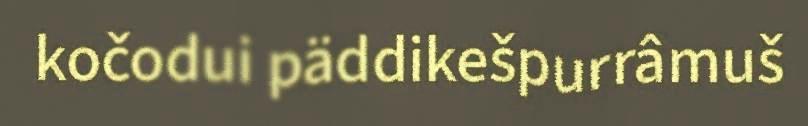
kočodui päddikešpurrâmuš